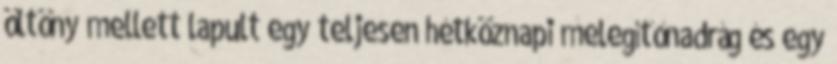
öltöny mellett lapult egy teljesen hétköznapi melegítőnadrág és egy